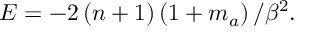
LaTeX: E = - 2 \left( n + 1 \right) \left( 1 + m _ { a } \right) / \beta ^ { 2 } .